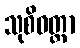
သုစိဝတ္ထာ